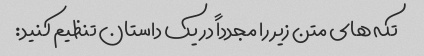
تکه های متن زیر را مجدداً در یک داستان تنظیم کنید: